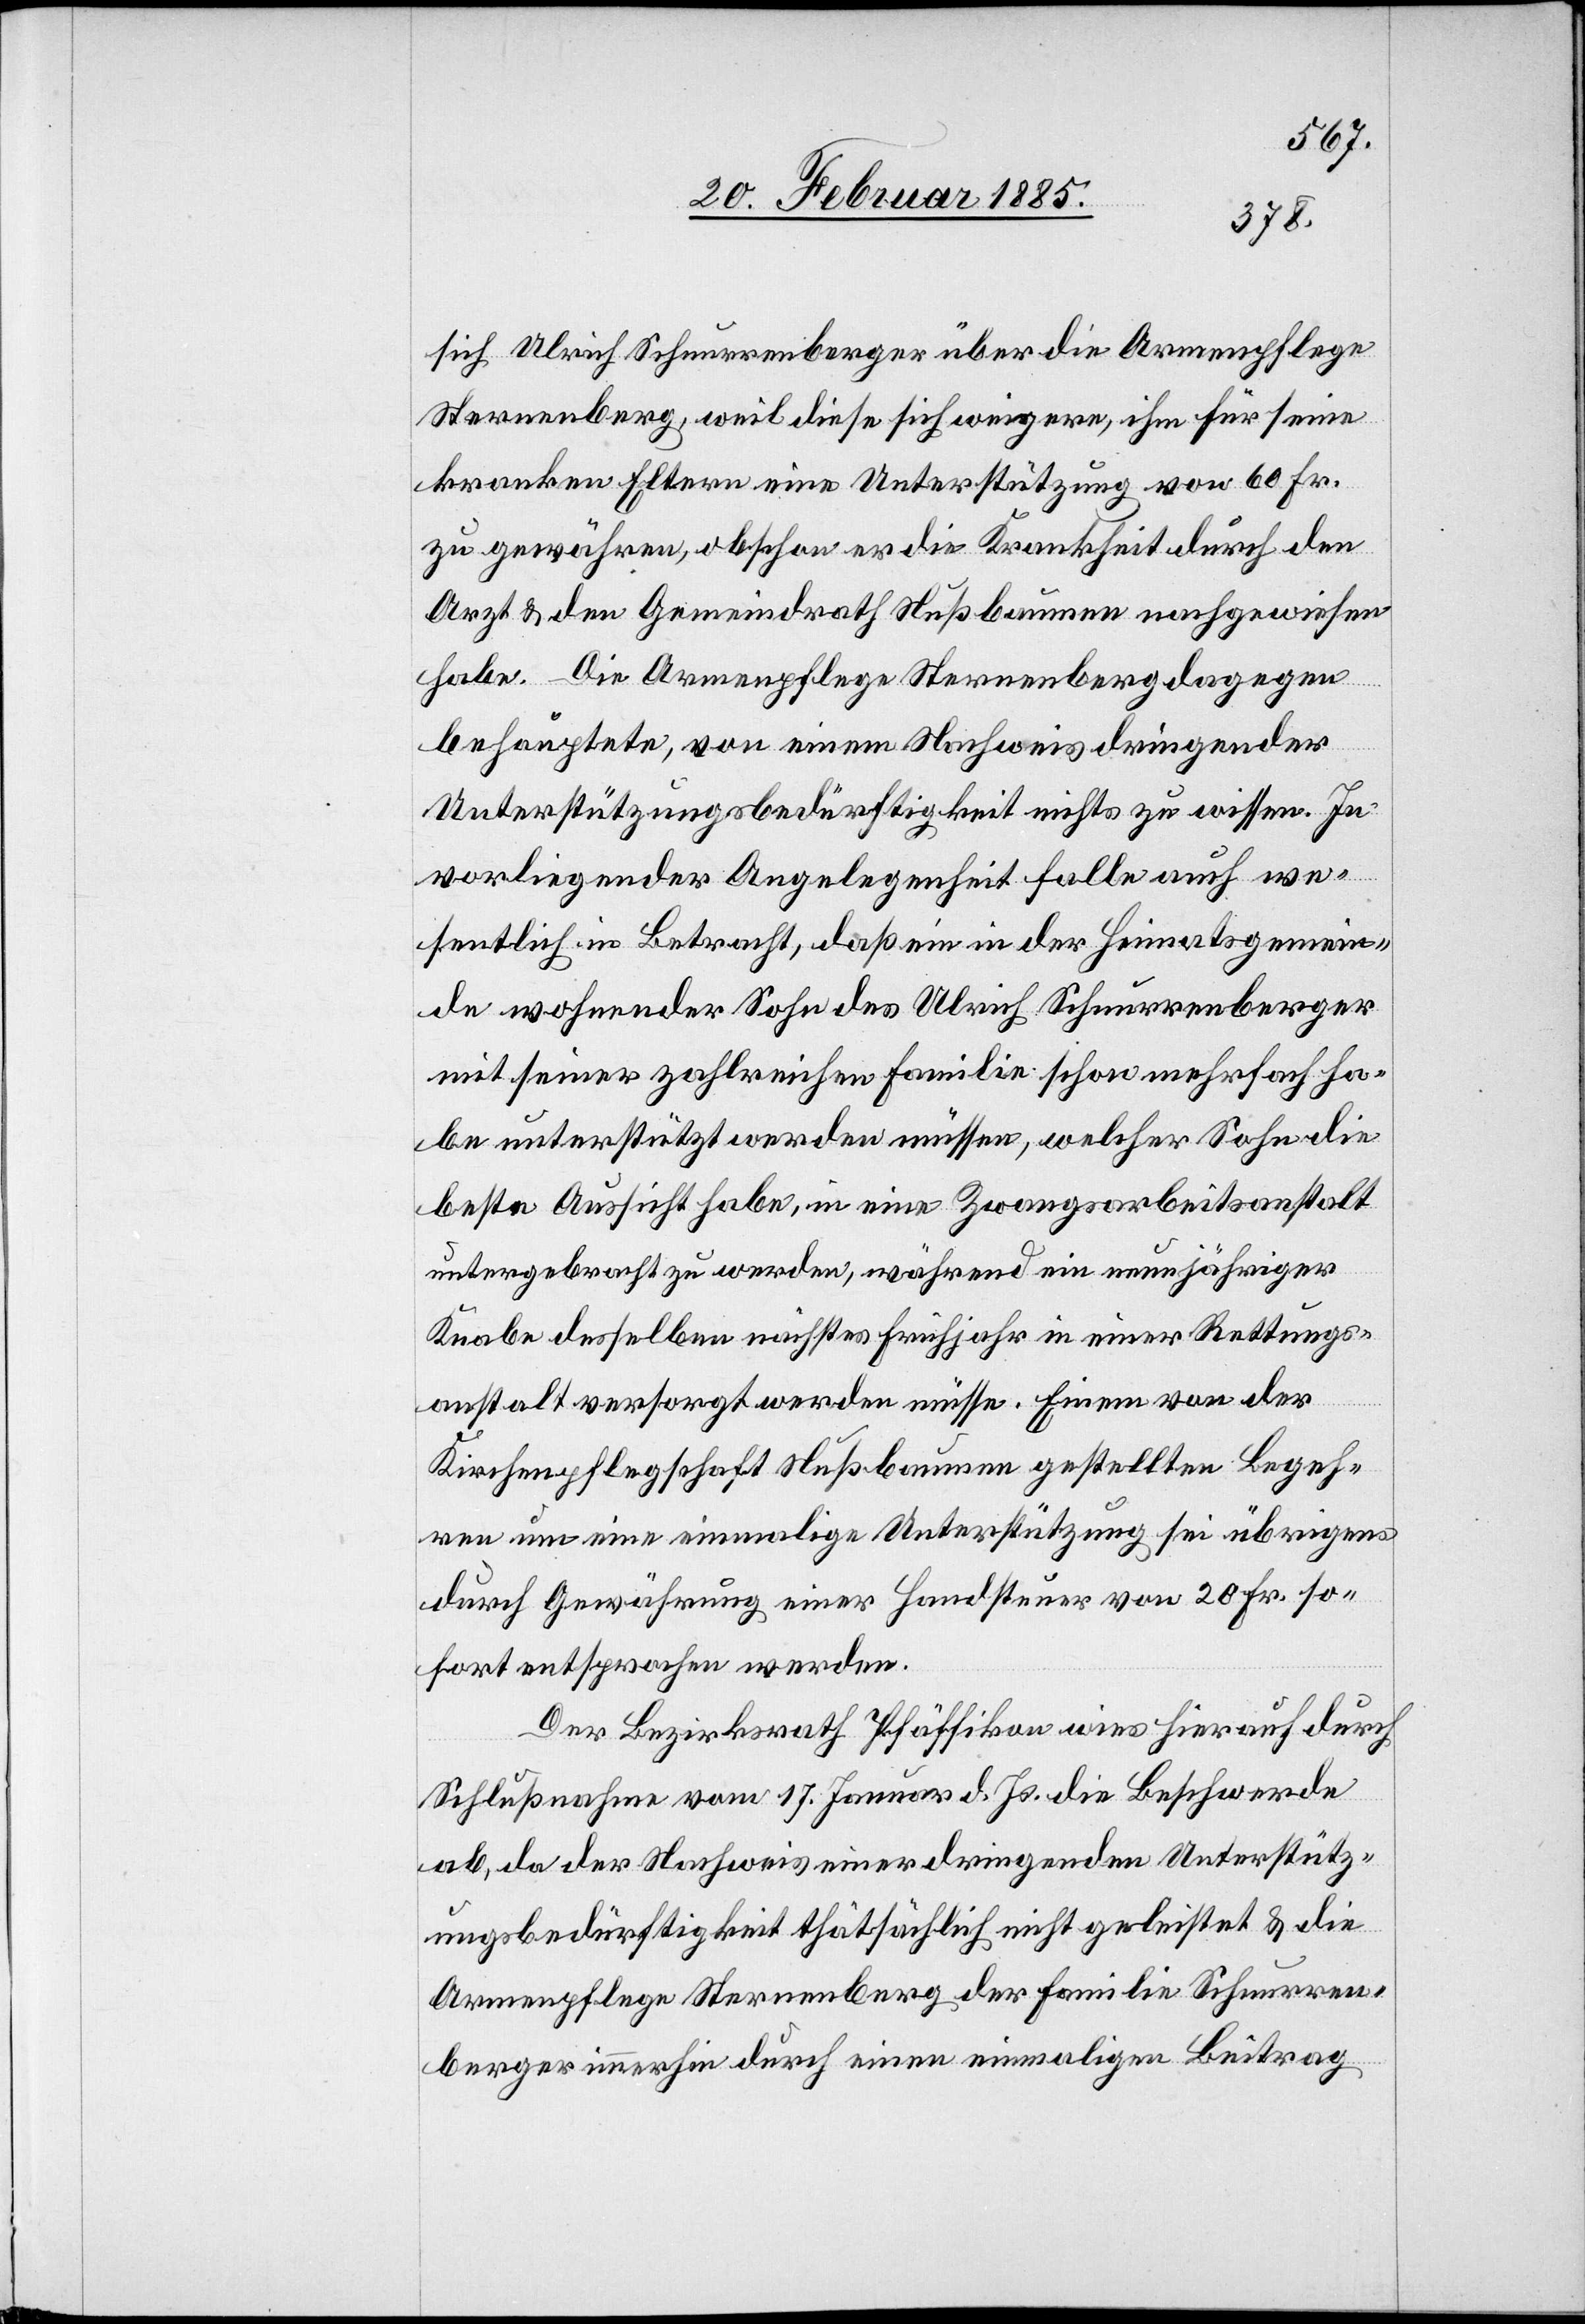
sich Ulrich Schnurrenberger über die Armenpflege
Sternenberg, weil diese sich weigere, ihm für seine
kranken Eltern eine Unterstützung von 60 Fr.
zu gewähren, obschon er die Krankheit durch den
Arzt & den Gemeindrath Nußbaumen nachgewiesen
habe. Die Armenpflege Sternenberg dagegen
behauptete, von einem Nachweis dringender
Unterstützungsbedürftigkeit nichts zu wissen. In
vorliegender Angelegenheit falle auch we¬
sentlich in Betracht, daß ein in der Heimatsgemein¬
de wohnender Sohn des Ulrich Schnurrenberger
mit seiner zahlreichen Familie schon mehrfach ha¬
be unterstützt werden müssen, welcher Sohn die
beste Aussicht habe, in eine Zwangsarbeitsanstalt
untergebrach zu werden, während ein neunjähriger
Knabe desselben nächstes Frühjahr in einer Rettungs¬
anstalt versorg werden müsse. Einem von der
Kirchenpflegeschaft Nußbaumen gestellten Begeh¬
ren um eine einmalige Unterstützung sei übrigens
durch Gewährung einer Handsteuer von 20 Fr. so¬
fort entsprochen werden.
Der Bezirksrath Pfäffikon wies hierauf durch
Schlußnahme vom 17. Januar d. Js. die Beschwerde
ab, da der Nachweis einer dringenden Unterstütz¬
ungsbedürftigkeit thatsächlich nicht geleistet & die
Armenpflege Sternenberg der Familie Schnurren¬
berger immerhin durch einen einmaligen Beitrag